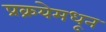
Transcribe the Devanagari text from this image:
प्रक्रयेमधून